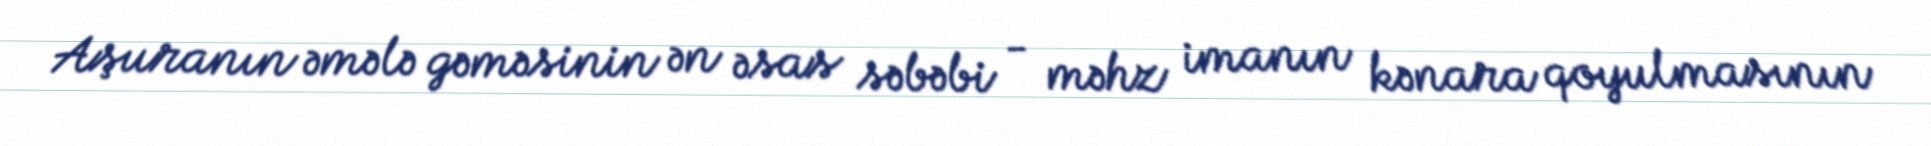
Aşuranın əmələ gəməsinin ən əsas səbəbi - məhz imanın kənara qoyulmasının